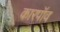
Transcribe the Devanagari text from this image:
कारपॉव